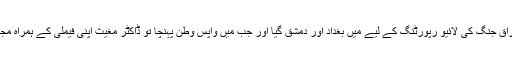
مجھے اچھی طرح یاد ہے کہ جب میں پاکستان ٹیلی ویژن میں کنٹرولر رپورٹنگ تھا اور امریکا عراق جنگ کی لائیو رپورٹنگ کے لیے میں بغداد اور دمشق گیا اور جب میں واپس وطن پہنچا تو ڈاکٹر مغیث اپنی فیملی کے ہمراہ مجھے ملنے اسلام آباد آئے، انھوں نے مجھے ایک ترغیب دی کہ میں اپنے مشاہدات کو قلم بند کروں۔